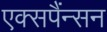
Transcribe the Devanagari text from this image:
एक्सपैंन्सन